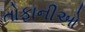
તોફાનીઓ